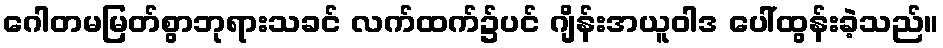
ဂေါတမမြတ်စွာဘုရားသခင် လက်ထက်၌ပင် ဂျိန်းအယူဝါဒ ပေါ်ထွန်းခဲ့သည်။